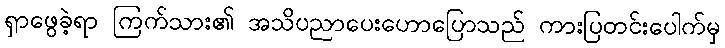
ရှာဖွေခဲ့ရာ ကြက်သား၏ အသိပညာပေးဟောပြောသည် ကားပြတင်းပေါက်မှ